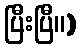
ပြီးပြီ။)